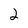
Character: 2